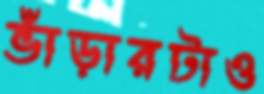
ভাঁড়ারটাও